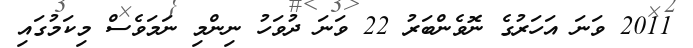
2011 ވަނަ އަހަރުގެ ނޮވެންބަރު 22 ވަނަ ދުވަހު ނިންމި ނަމަވެސް މިކަމުގައި